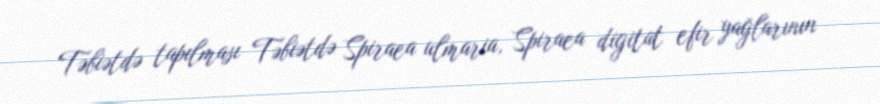
Təbiətdə tapılması Təbiətdə Spiraea ulmaria, Spiraea digitat efir yağlarının